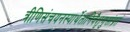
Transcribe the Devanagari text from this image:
त्रीणिसंचयनस्यार्थेतानिवैशृणुसांप्रतं